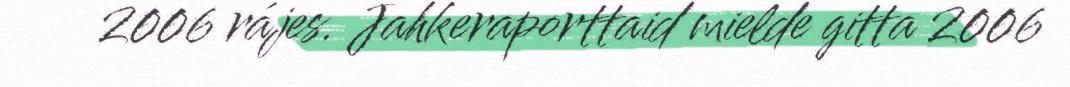
2006 rájes. Jahkeraporttaid mielde gitta 2006